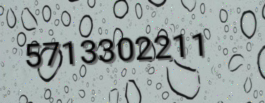
5713302211